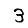
Digit: 3